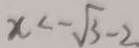
x < - \sqrt { 3 } - 2